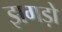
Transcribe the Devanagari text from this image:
झगड़ो